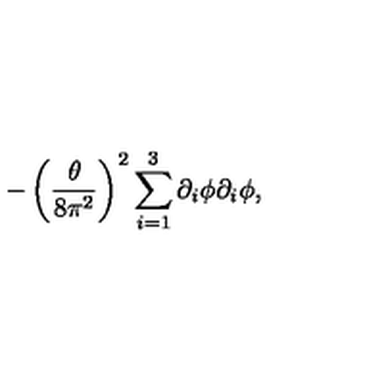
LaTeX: - \left( \frac { \theta } { 8 \pi ^ { 2 } } \right) ^ { 2 } \sum _ { i = 1 } ^ { 3 } \partial _ { i } \phi \partial _ { i } \phi ,